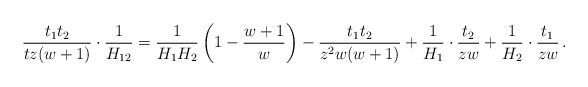
LaTeX: \begin{align*}\frac {t_1t_2}{tz(w+1)} \cdot \frac {1}{H_{12}} = \frac {1}{H_1H_2} \left( 1 - \frac {w+1}{w}\right) - \frac {t_1t_2}{z^2w(w+1)} + \frac {1}{H_1} \cdot \frac {t_2}{zw} + \frac {1}{H_2} \cdot \frac {t_1}{zw}\,.\end{align*}